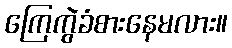
ကြေကွဲခံစားနေမလား။